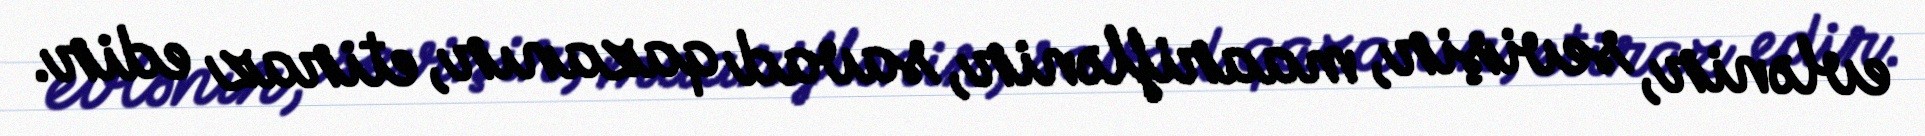
evlənir, sevişir, maariflənir, savad qazanır, etiraz edir.